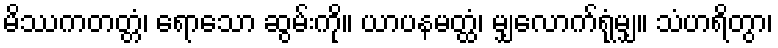
မိဿကတတ္တံ၊ ရောသော ဆွမ်းကို။ ယာပနမတ္ထံ၊ မျှလောက်ရုံမျှ။ သံဟရိတွာ၊